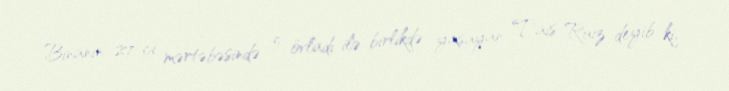
Binanın 27-ci mərtəbəsində 5 övladı ilə birlikdə yaşayan Tais Ruiz deyib ki,